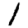
Digit: 1